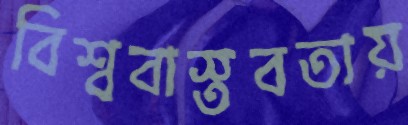
বিশ্ববাস্তবতায়